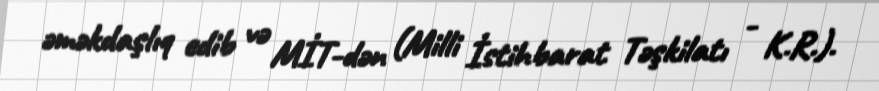
əməkdaşlıq edib və MİT-dən (Milli İstihbarat Təşkilatı - K.R.).